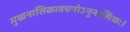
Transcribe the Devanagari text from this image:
मुखनासिकावचनोऽनुनासिकः।